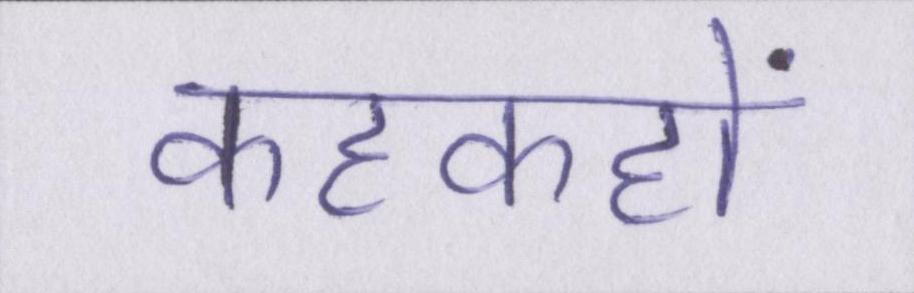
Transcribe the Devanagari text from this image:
कहकहों